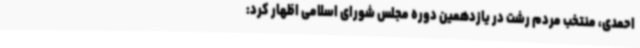
احمدی، منتخب مردم رشت در یازدهمین دوره مجلس شورای اسلامی اظهار کرد: